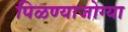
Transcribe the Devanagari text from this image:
पिळण्याजोग्या